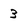
Character: 3